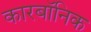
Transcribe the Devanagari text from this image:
कारबॉनिक